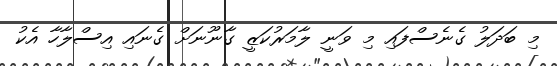
މި ބަދަލު ގެނެސްފައި މި ވަނީ ލާމަރުކަޒީ ގާނޫނަށް ގެނައި އިސްލާާހާ އެކު